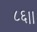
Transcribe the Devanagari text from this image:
८६।।